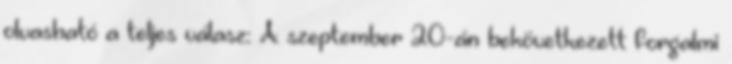
olvasható a teljes válasz: A szeptember 20-án bekövetkezett forgalmi